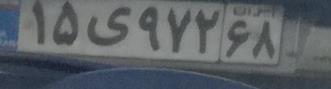
۱۵ی۹۷۲۶۸